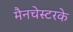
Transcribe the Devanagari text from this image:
मैनचेस्टरके